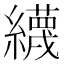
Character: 䌩